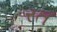
રત